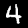
Digit: 4